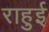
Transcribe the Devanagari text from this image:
राहुई